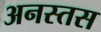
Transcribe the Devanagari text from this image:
अनस्तस